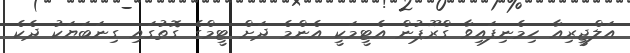
އަލްޖީރިއާ ހިމެނިފައިވާ ގްރޫޕުން އެޓީމަކީ އެންމެ ދަށް ޓީމްގެ ގޮތުގައި ގިނަބަޔަކު ދެކެ